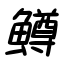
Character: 鱒